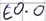
Text: E0.0